Civil Veterinary Department. Madras. Admin. report 1926-33 - 1926-1933
Year: 1926
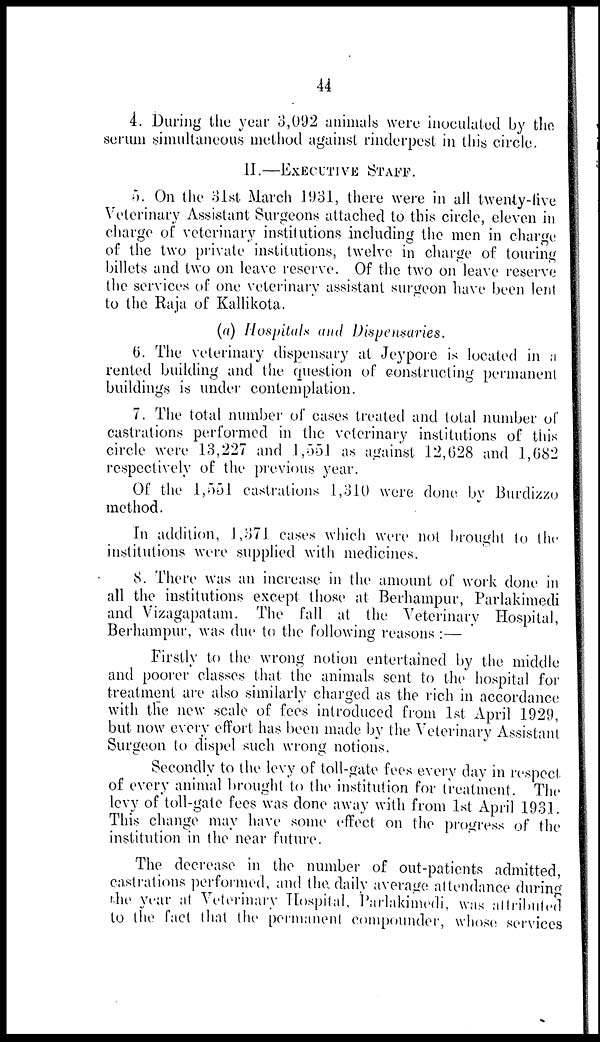
44
4. During the year 3,092 animals were inoculated by the
serum simultaneous method against rinderpest in this circle.
II.—EXECUTIVE STAFF.
5. On the 31st March 1931, there were in all twenty-live
Veterinary Assistant Surgeons attached to this circle, eleven in
charge of veterinary institutions including the men in charge
of the two private institutions, twelve in charge of touring
billets and two on leave reserve. Of the two on leave reserve
the services of one veterinary assistant surgeon have been lent
to the Raja of Kallikota.
(a) Hospitals and Dispensaries.
6. The veterinary dispensary at Jeypore is located in a
rented building and the question of constructing permanent
buildings is under contemplation.
7. The total number of cases treated and total number of
castrations performed in the veterinary institutions of this
circle were 13,227 and 1,551 as against 12,628 and 1,682
respectively of the previous year.
Of the 1,551 castrations 1,310 were done by Burdizzo
method.
In addition, 1,371 cases which were not brought to the
institutions were supplied with medicines.
8. There was an increase in the amount of work done in
all the institutions except those at Berhampur, Parlakimedi
and Vizagapatam. The fall at the Veterinary Hospital,
Berhampur, was due to the following reasons :—
Firstly to the wrong notion entertained by the middle
and poorer classes that the animals sent to the hospital for
treatment are also similarly charged as the rich in accordance
with the new scale of fees introduced from 1st April 1929,
but now every effort has been made by the Veterinary Assistant
Surgeon to dispel such wrong notions.
Secondly to the levy of toll-gate fees every day in respect
of every animal brought to the institution for treatment. The
levy of toll-gate fees was done away with from 1st April 1931.
This change may have some effect on the progress of the
institution in the near future.
The decrease in the number of out-patients admitted,
castrations performed, and the daily average attendance during
the year at Veterinary Hospital, Parlakimedi, was attributed
to the fact that the permanent compounder, whose services